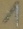
Text: 1